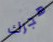
هجرك